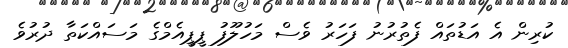
ކުރިން އެ އަޑުތައް ފެތުރުނު ފަހަރު ވެސް މަހުލޫފު ޕީޕީއެމްގެ މަސައްކަތާ ދުރުވެ